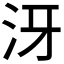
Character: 𣲨